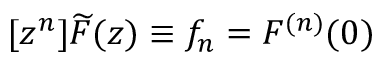
[ z ^ { n } ] { \widetilde { F } } ( z ) \equiv f _ { n } = F ^ { ( n ) } ( 0 )